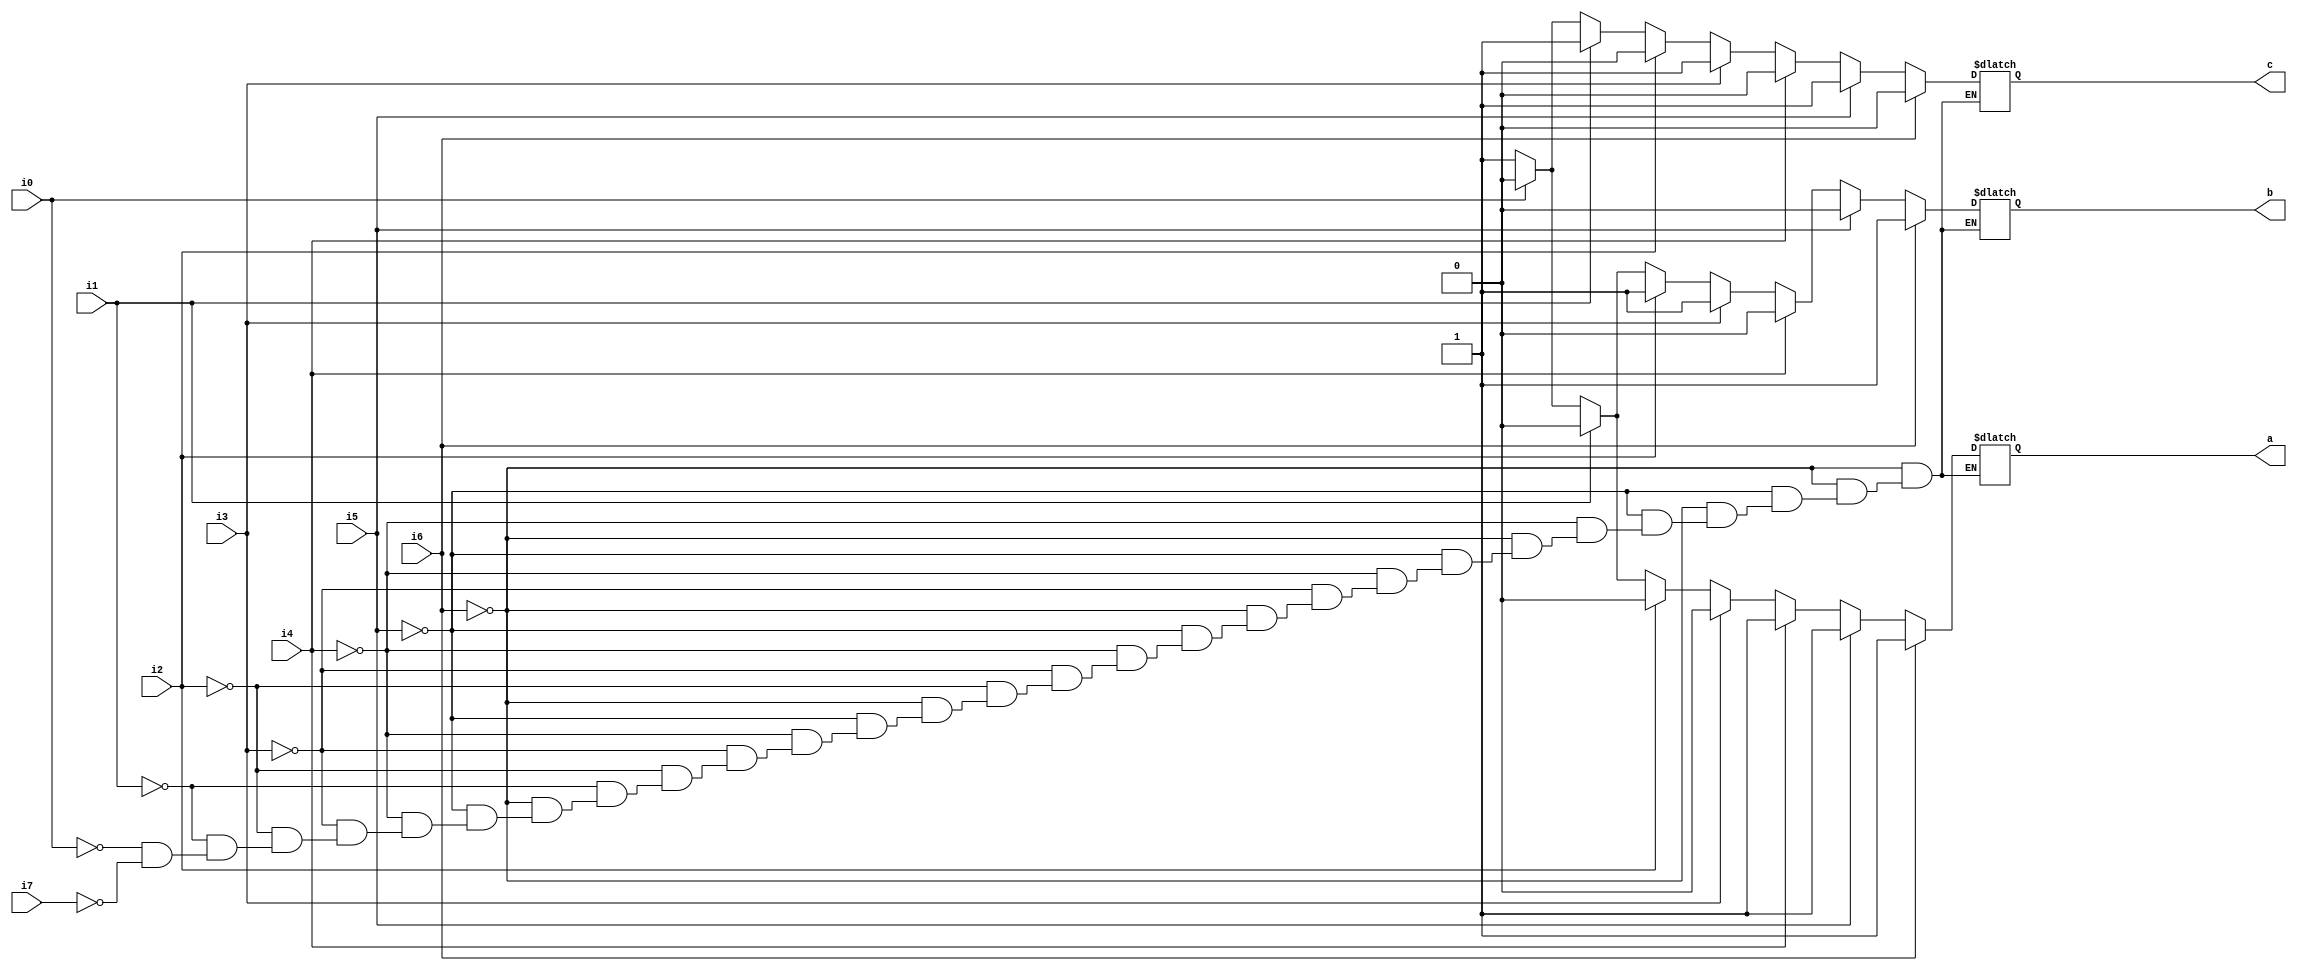
module priorityenco(a,b,c,i0,i1,i2,i3,i4,i5,i6,i7);
output reg a,b,c;
input wire i0,i1,i2,i3,i4,i5,i6,i7;
always@(*)
begin 
if(i7==1'b1)
begin
{a,b,c}=3'b111;
end
if(i6==1'b1)
begin
{a,b,c}=3'b110;
end
else if(i5==1'b1)
begin
{a,b,c}=3'b101;
end
else if(i4==1'b1)
begin
{a,b,c}=3'b100;
end
else if(i3==1'b1)
begin
{a,b,c}=3'b011;
end
else if(i2==1'b1)
begin
{a,b,c}=3'b010;
end
else if(i1==1'b1)
begin
{a,b,c}=3'b001;
end
else if(i0==1'b1)
begin
{a,b,c}=3'b000;
end
end
endmodule